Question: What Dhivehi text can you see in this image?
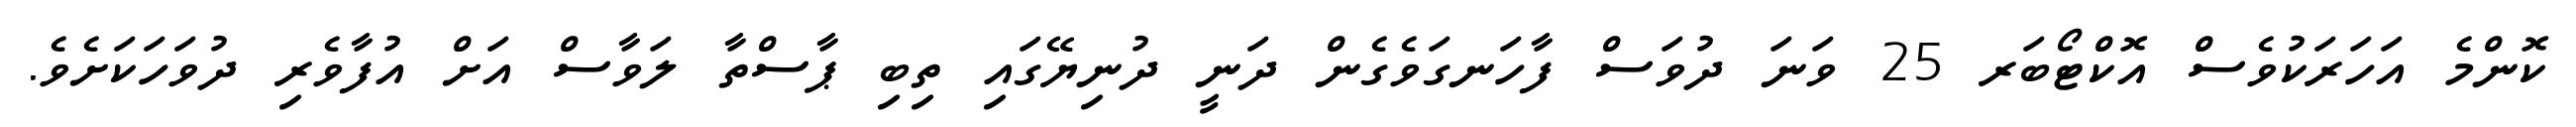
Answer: ކޮންމެ އަހަރަކުވެސް އޮކްޓޯބަރ 25 ވަނަ ދުވަސް ފާހަނގަވެގެން ދަނީ ދުނިޔޭގައި ތިބި ޕާސްތާ ލަވާސް އަށް އުފާވެރި ދުވަހަކަށެވެ.